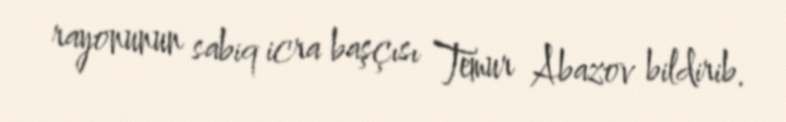
rayonunun sabiq icra başçısı Temur Abazov bildirib.